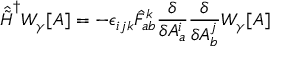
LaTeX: { \hat { \tilde { H } } } ^ { \dagger } W _ { \gamma } [ A ] = - \epsilon _ { i j k } { \hat { F } } _ { a b } ^ { k } { \frac { \delta } { \delta A _ { a } ^ { i } } } { \frac { \delta } { \delta A _ { b } ^ { j } } } W _ { \gamma } [ A ]